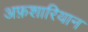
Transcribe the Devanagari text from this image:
अफ़शारियान